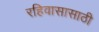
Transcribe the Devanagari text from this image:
रहिवासासाठी